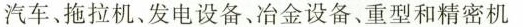
汽车、拖拉机、发电设备、冶金设备、重型和精密机